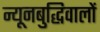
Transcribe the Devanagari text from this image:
न्यूनबुद्धिवालों